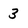
Character: 3